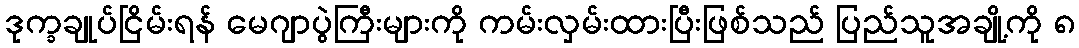
ဒုက္ခချုပ်ငြိမ်းရန် မေဂျာပွဲကြီးများကို ကမ်းလှမ်းထားပြီးဖြစ်သည် ပြည်သူအချို့ကို ၈